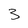
Character: 3